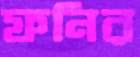
ফনির